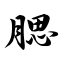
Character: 腮